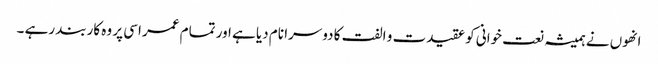
انھوں نے ہمیشہ نعت خوانی کو عقیدت و الفت کا دوسرا نام دیا ہے اور تمام عمر اسی پر وہ کاربند رہے ۔